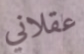
عقلاني